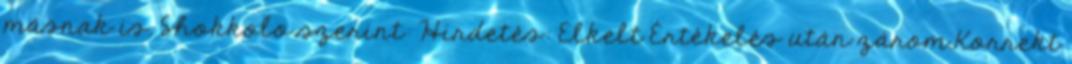
másnak is. Shokkolo szerint: Hirdetés: Elkelt Értékelés után zárom.Korrekt